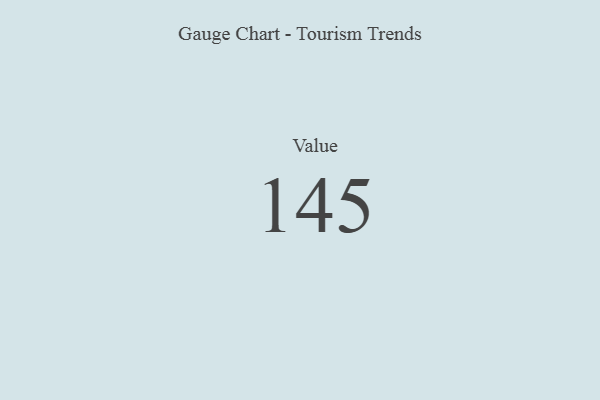
{"axis": {"x": "Metric", "y": "Value"}, "legend": [""], "data": [{"x": "Value", "y": 145, "type": ""}]}